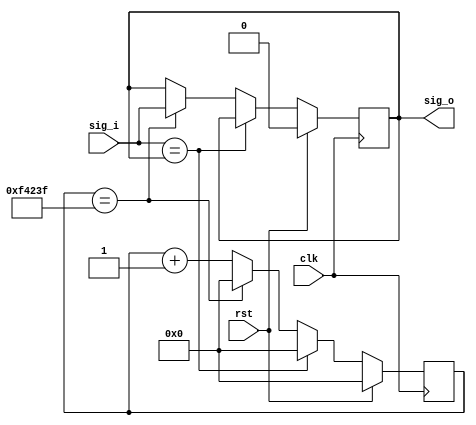
`timescale 1ns / 1ps
//////////////////////////////////////////////////////////////////////////////////
// Company: 
// Engineer: 
// 
// Design Name: 
// Module Name:    anti_jitter 
// Project Name: 
// Target Devices: 
// Tool versions: 
// Description: 
//
// Dependencies: 
//
// Revision: 
// Revision 0.01 - File Created
// Additional Comments: 
//
//////////////////////////////////////////////////////////////////////////////////
module anti_jitter (
	input wire clk,  // main clock
	input wire rst,  // synchronous reset
	input wire sig_i,  // input signal with jitter noises
	output wire sig_o  // output signal without jitter noises
	);
	
	parameter
		CLK_FREQ = 100,  // main clock frequency in MHz
		JITTER_MAX = 10000;  // longest time for jitter noises in us
	parameter
		INIT_VALUE = 0;  // initialized output value
	localparam
		CLK_COUNT = CLK_FREQ * JITTER_MAX;  // CLK_FREQ * 1000000 / (1000000 / JITTER_MAX)
	
	reg [31:0] clk_count = 0;
	reg buff = INIT_VALUE;
	
	always @(posedge clk) begin
		if (rst) begin
			clk_count <= 0;
			buff <= INIT_VALUE;
		end
		else if (sig_i == sig_o) begin
			clk_count <= 0;
		end
		else if (clk_count == CLK_COUNT-1) begin
			clk_count <= 0;
			buff <= sig_i;
		end
		else begin
			clk_count <= clk_count + 1'h1;
		end
	end
	
	assign sig_o = buff;
	
endmodule